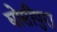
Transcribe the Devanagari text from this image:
घोसीपुरा